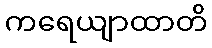
ကရေယျာထာတိ